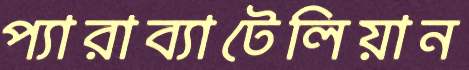
প্যারাব্যাটেলিয়ান